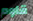
قاوم